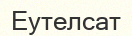
Еутелсат